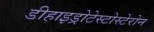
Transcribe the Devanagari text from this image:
डीहाइड्रोटेस्टोस्टेरोन